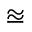
\approxeq